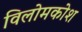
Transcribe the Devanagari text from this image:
विलोमकोश